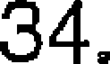
34.